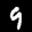
Label: 9